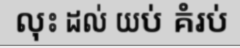
លុះ ដល់ យប់ គំរប់